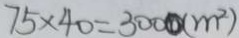
7 5 \times 4 0 = 3 0 0 0 ( m ^ { 2 } )